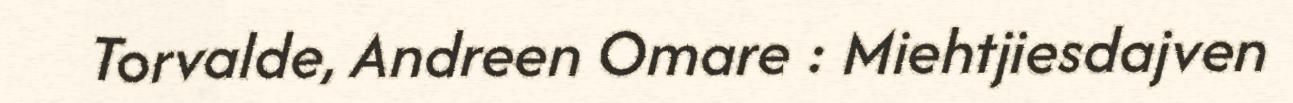
Torvalde, Andreen Omare : Miehtjiesdajven